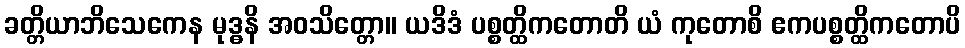
ခတ္တိယာဘိသေကေန မုဒ္ဓနိ အဝသိတ္တော။ ယဒိဒံ ပစ္စတ္ထိကတောတိ ယံ ကုတောစိ ဧကပစ္စတ္ထိကတောပိ